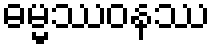
ဓမ္မဿဝနဿ